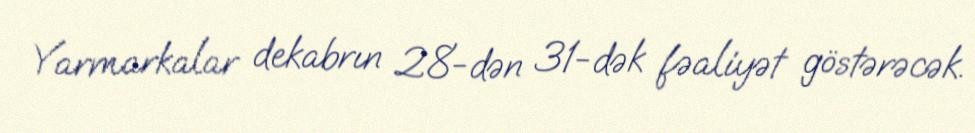
Yarmarkalar dekabrın 28-dən 31-dək fəaliyət göstərəcək.